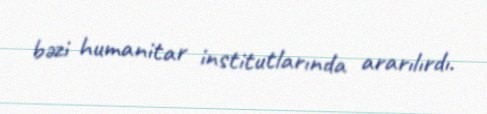
bəzi humanitar institutlarında ararılırdı.